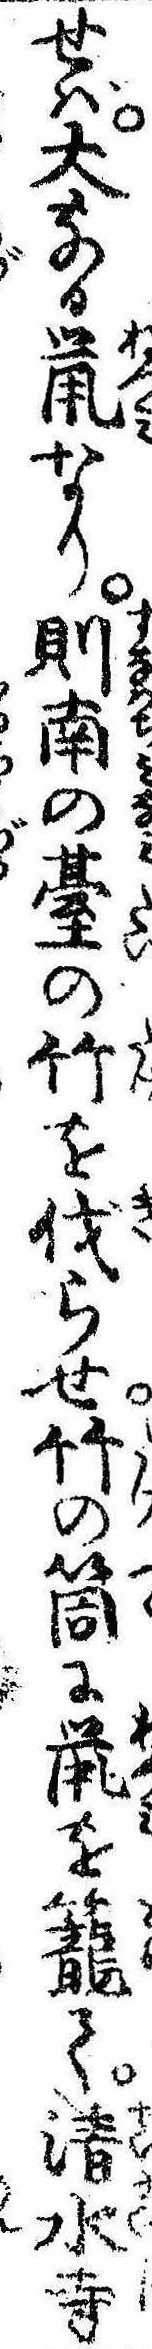
せば大なる鼠なり則南の䑓の竹を伐らせ竹の筒に鼠を篭て清水寺